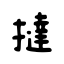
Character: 撻